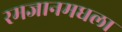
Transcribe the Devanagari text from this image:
रमजानमधला